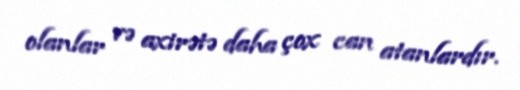
olanlar və axirətə daha çox can atanlardır.